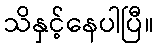
သိနှင့်နေပါပြီ။